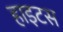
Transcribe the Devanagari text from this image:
हाइटस